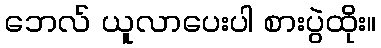
ဘေလ် ယူလာပေးပါ စားပွဲထိုး။